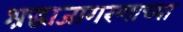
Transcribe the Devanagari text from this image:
श्रद्धाजागरणाच्या